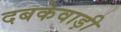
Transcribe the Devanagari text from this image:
दबकेवाड़ी